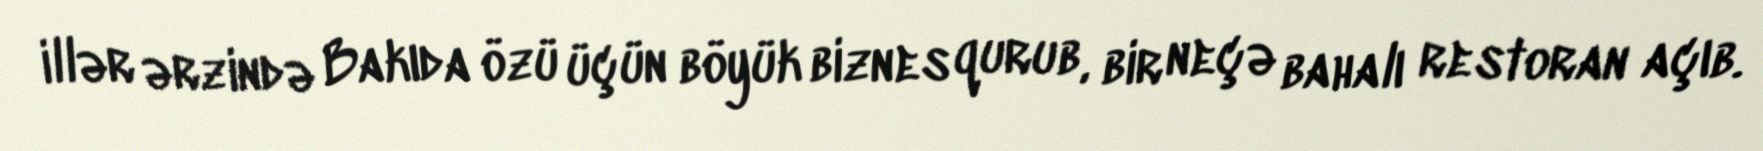
illər ərzində Bakıda özü üçün böyük biznes qurub, bir neçə bahalı restoran açıb.